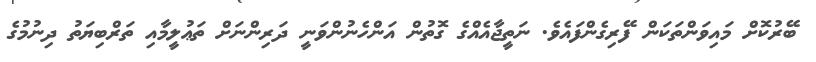
ބޭރުކޮށް މައިވަންތަކަން ފޭރިގެންފައެވެ. ނަތީޖާއެއްގެ ގޮތުން އަންހެނުންވަނީ ދަރިންނަށް ތަޢުލީމާއި ތަރްބިޔަތު ދިނުމުގެ